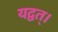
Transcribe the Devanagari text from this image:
यद्वत्।